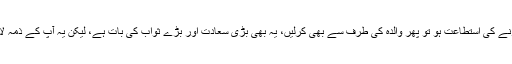
البتہ اپنی قربانی کے ساتھ اگر والدہ کی طرف سے بھی قربانی کرنے کی استطاعت ہو تو پھر والدہ کی طرف سے بھی کرلیں، یہ بھی بڑی سعادت اور بڑے ثواب کی بات ہے، لیکن یہ آپ کے ذمہ لازم نہیں ہے اور اس کو نہ کرنے سے آپ گناہ گار نہیں ہوں گے۔